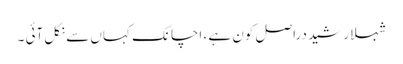
شہلا رشید دراصل کون ہے ، اچانک کہاں سے نکل آئی ۔